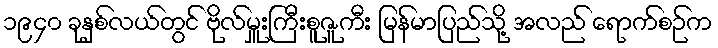
၁၉၄၀ ခုနှစ်လယ်တွင် ဗိုလ်မှူးကြီးစူဇူကီး မြန်မာပြည်သို့ အလည် ရောက်စဉ်က